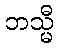
ဘသ္မီ